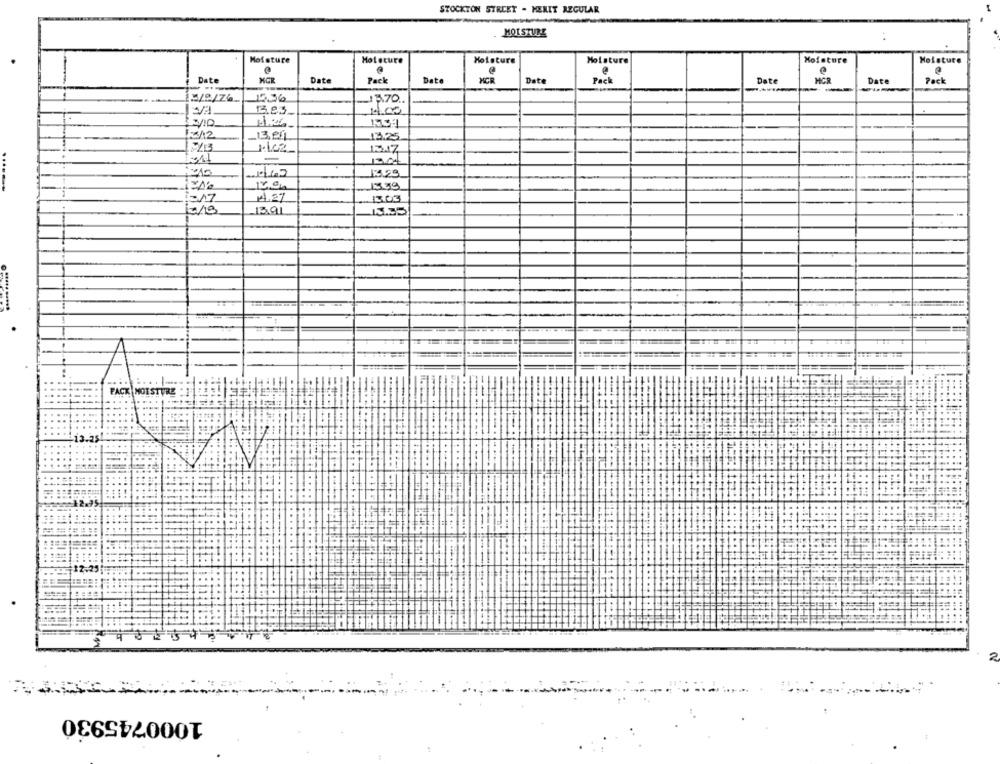
STOCKTON STREET - MERIT REGULAR
MOI STURE
Moisture
Moisture
Moisture
Moisture
Moisture
Moisture
.
Date
XCR
Date
Pack
Date
HCR
Date
Pack
Date
HCR
Date
Pack
-
-
5/8/Z6 ..
__ 15.70 ..
1310
1312
-13,20
13.25
1317
-
150
115.83
......
1339
13.03
13.91
FACK MOISTURE
434515
2
1000745930